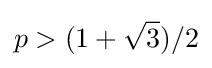
p>(1+{\sqrt {3}})/2